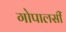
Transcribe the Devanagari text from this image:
गोपालसीं